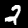
Digit: 2